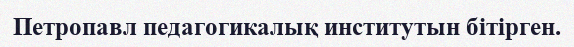
Петропавл педагогикалық институтын бітірген.